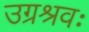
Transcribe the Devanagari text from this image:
उग्रश्रवः